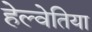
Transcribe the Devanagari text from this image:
हेल्वेतिया